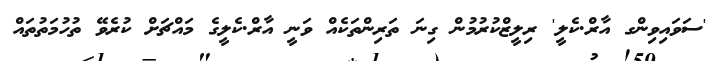
'ސަވައިވިންގ އާރް.ކެލީ' ރިލީޒްކުރުމުން ގިނަ ތަރިންތަކެއް ވަނީ އާރް.ކެލީގެ މައްޗަށް ކުރެވޭ ތުހުމަތުތައް